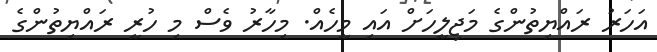
އަހަރު ރައްޔިތުންގެ މަޖިލީހަށް އައި މީހެއް. މިހާރު ވެސް މި ހުރީ ރައްޔިތުންގެ